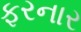
ફરનાર